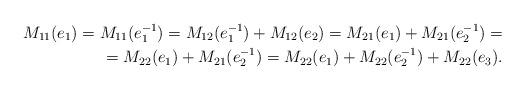
LaTeX: \begin{align*} M_{11}(e_1)=M_{11}(e_1^{-1})= M_{12}(e_1^{-1})+M_{12}(e_2) = M_{21}(e_1)+M_{21}(e_2^{-1})= \\ =M_{22}(e_1)+M_{21}(e_2^{-1})= M_{22}(e_1)+ M_{22}(e_2^{-1})+M_{22}(e_3). \end{align*}